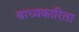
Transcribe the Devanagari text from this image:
बाध्यकारिता